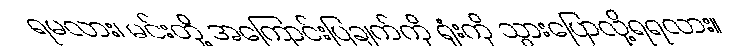
ရမလား၊ မင်းတို့ အကြောင်းပြချက်ကို ရုံးကို သွားပြောလို့ရရလား။